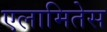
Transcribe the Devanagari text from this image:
एलामितेस